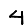
Digit: 4